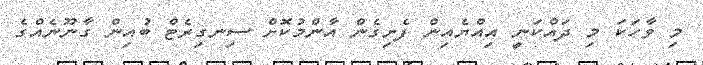
މި ވާހަކަ މި ދައްކަނީ އިއްޔެއިން ފެށިގެން އާންމުކޮށް ސިނގިރެޓް ބުއިން ގާނޫނެއްގެ